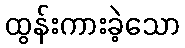
ထွန်းကားခဲ့သော